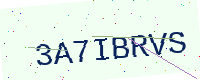
Text: 3A7IBRVS